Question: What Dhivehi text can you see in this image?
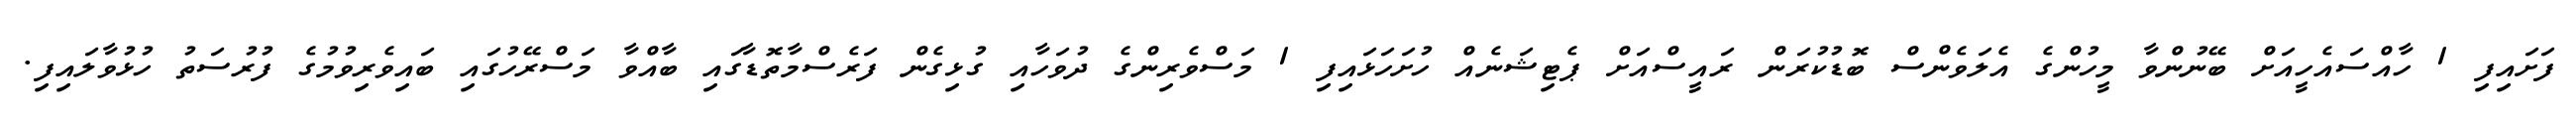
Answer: ފަށައިފި 1 ހާއްސައެހީއަށް ބޭނުންވާ މީހުންގެ އެލަވެންސް ބޮޑުކުރަން ރައީސްއަށް ޕެޓިޝަނެއް ހުށަހަޅައިފި 1 މަސްވެރިންގެ ދުވަހާއި ގުޅިގެން ފަރެސްމާތޮޑާގައި ބާއްވާ މަސްރޭހުގައި ބައިވެރިވުމުގެ ފުރުސަތު ހުޅުވާލައިފި.